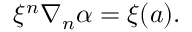
\xi ^ { n } \nabla _ { n } \alpha = \xi ( a ) .